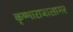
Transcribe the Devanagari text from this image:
कृष्णाराजासागर